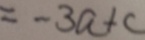
= - 3 a + c